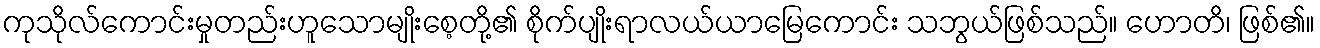
ကုသိုလ်ကောင်းမှုတည်းဟူသောမျိုးစေ့တို့၏ စိုက်ပျိုးရာလယ်ယာမြေကောင်း သဘွယ်ဖြစ်သည်။ ဟောတိ၊ ဖြစ်၏။